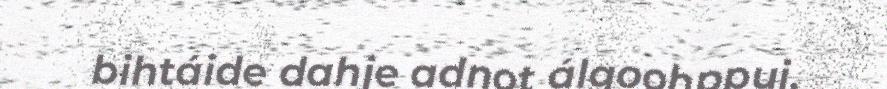
bihtáide dahje adnot álgoohppui.